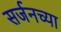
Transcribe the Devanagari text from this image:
सर्जनच्या